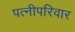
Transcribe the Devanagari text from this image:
पत्नीपरिवार